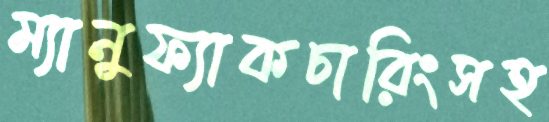
ম্যানুফ্যাকচারিংসহ